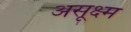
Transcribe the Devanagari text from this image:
असूक्ष्म